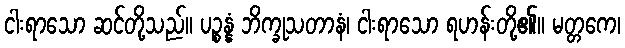
ငါးရာသော ဆင်တို့သည်။ ပဉ္စန္နံ ဘိက္ခုသတာနံ၊ ငါးရာသော ရဟန်းတို့၏။ မတ္တကေ၊